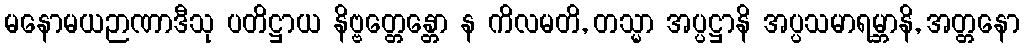
မနောမယဉာဏာဒီသု ပတိဋ္ဌာယ နိဗ္ဗတ္တေန္တော န ကိလမတိ, တသ္မာ အပ္ပဋ္ဌာနိ အပ္ပသမာရမ္ဘာနိ, အတ္တနော